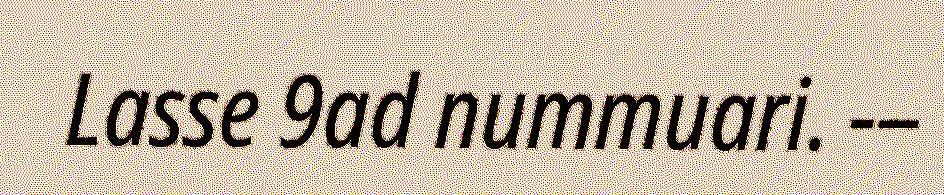
Lasse 9ad nummuari. -–